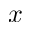
x